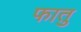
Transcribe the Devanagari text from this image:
फातु